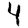
Digit: 4